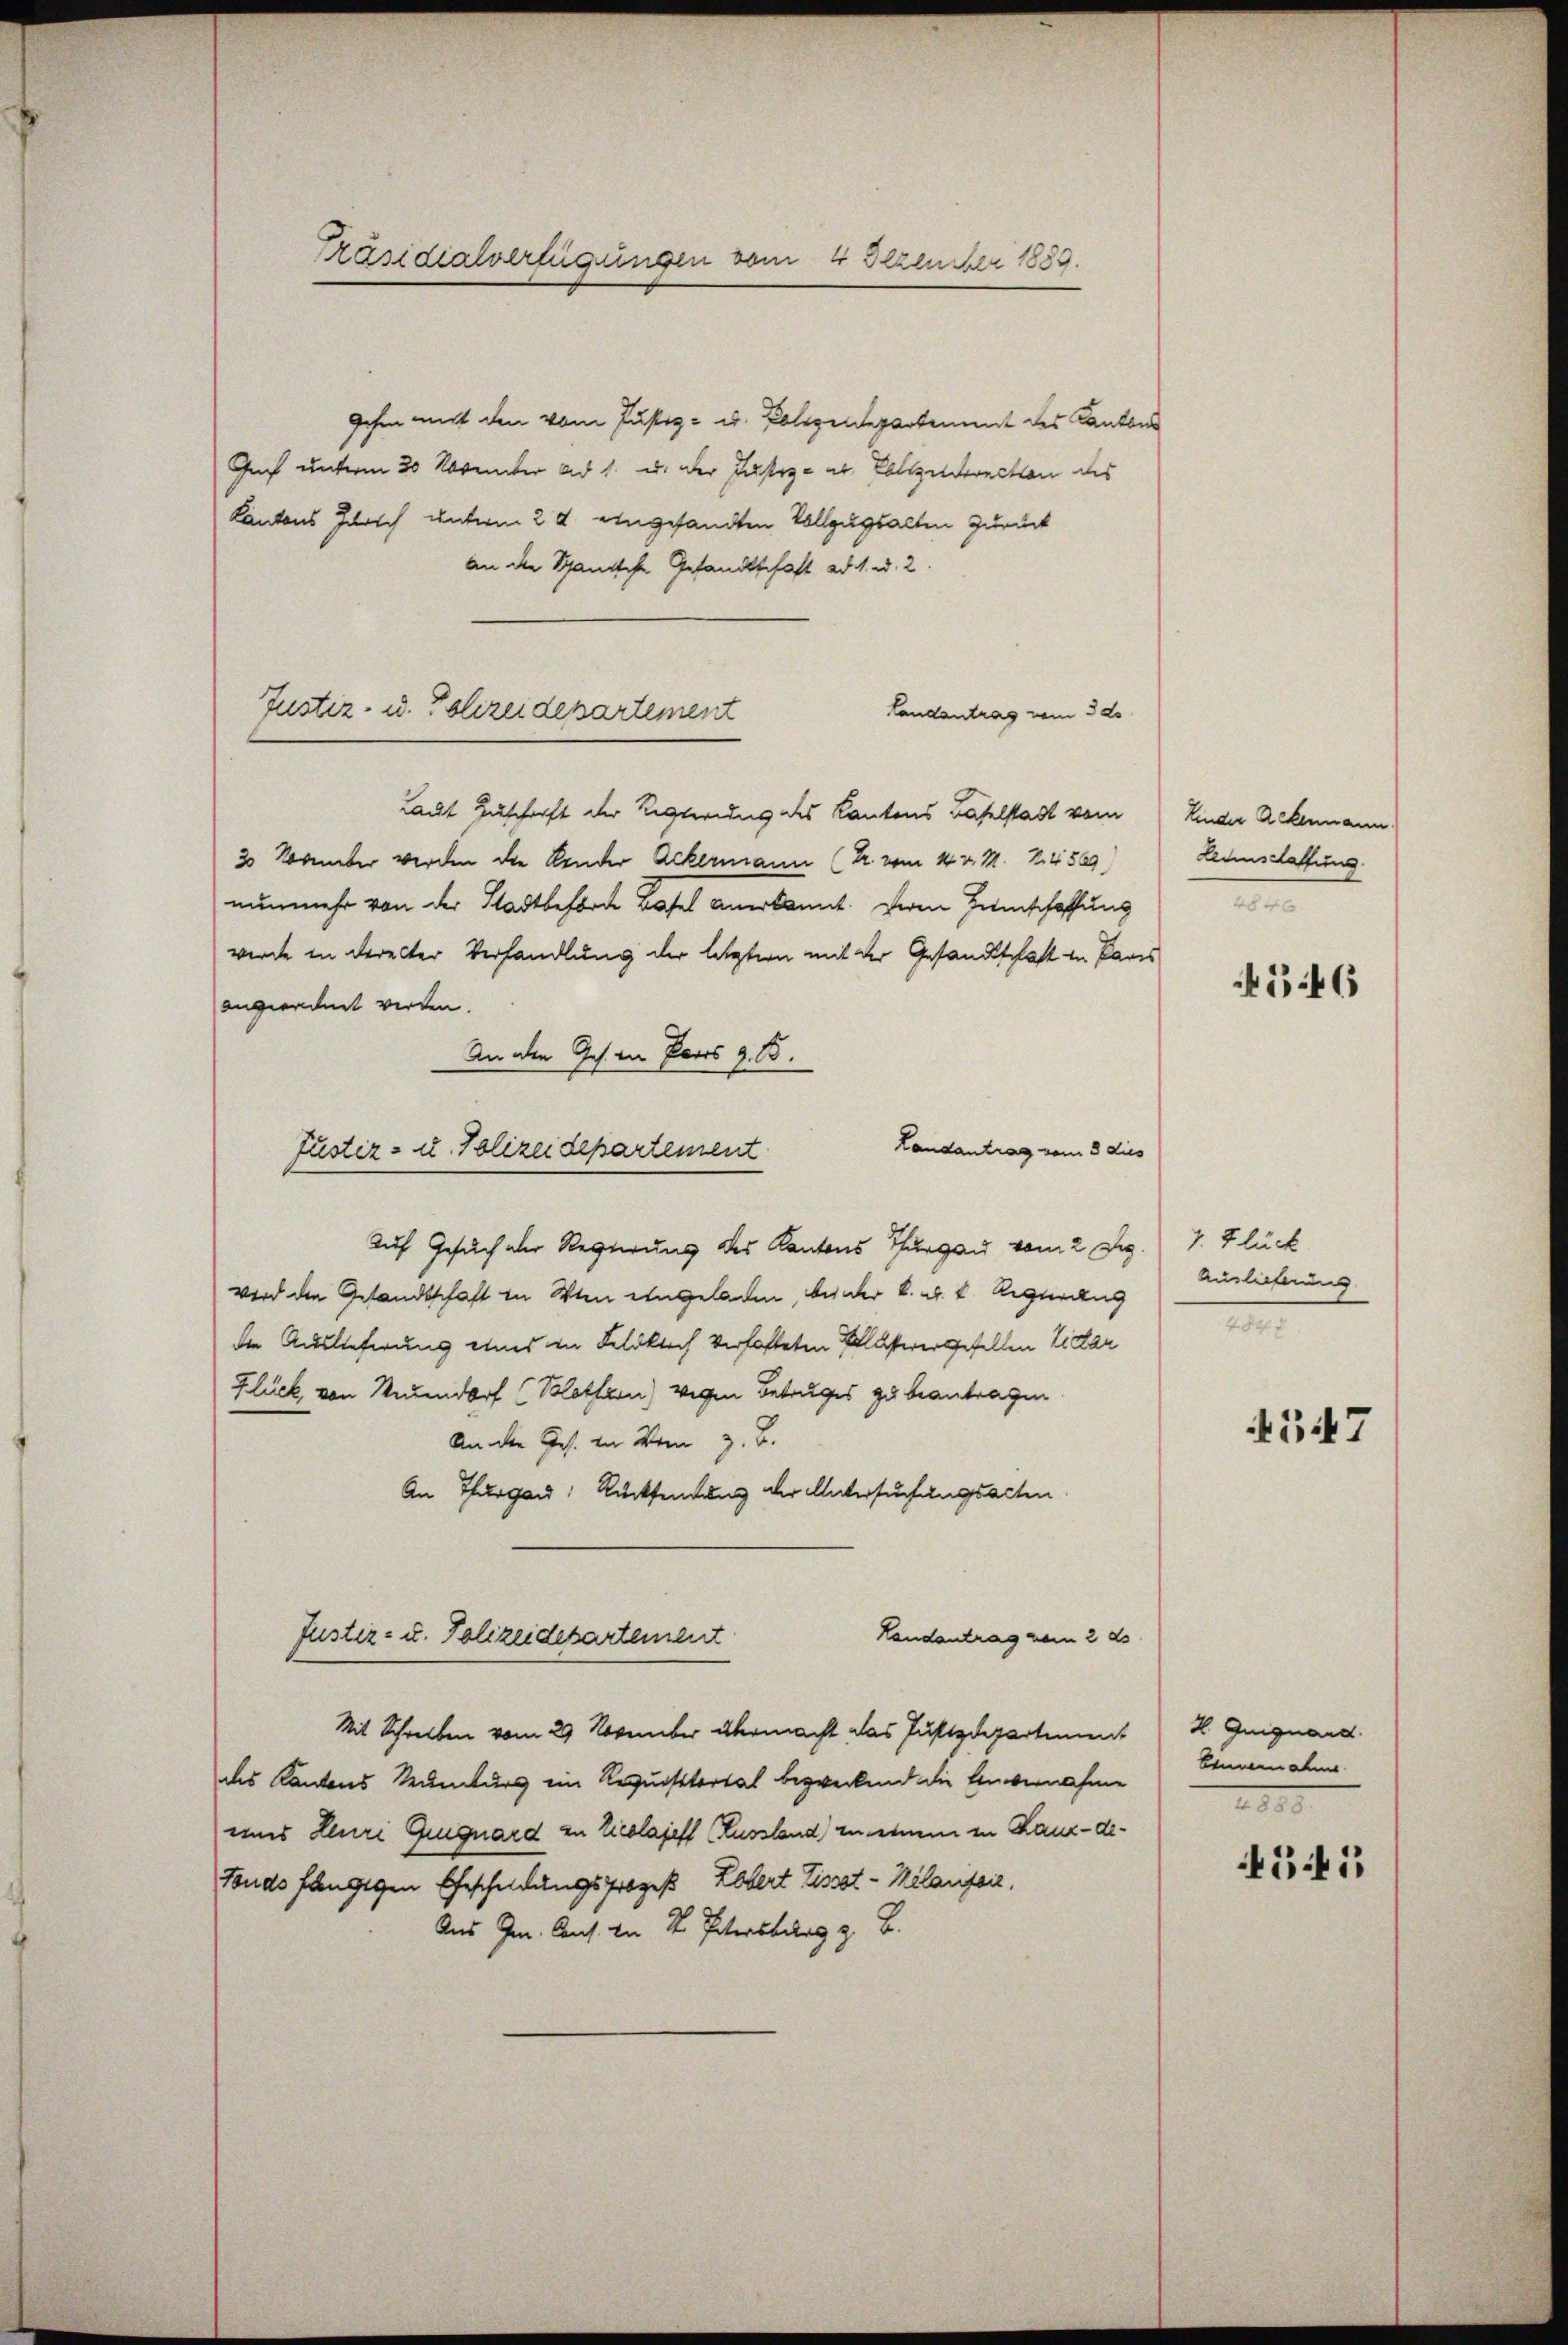
Präsidialverfügungen vom 4 Dezember 1889.

gehen nicht den vom Justiz- u. Polizeidepartement des Kantons
Gac unterm 20 November ad 1. u. der Justiz- u. Polizeirection des
Kantons Zürich unterm 24. eingesandten Vollzugsalten zurück
An die Schanische Gesandtschaft ad 1. u. 2.
Landantrag vom 3 20
Laut Zuschrift der Regierung des Kantons Baselstadt vom Kinder Ackermann.
30 November werden die Kinder Ackermann (Dr. vom 14. v. M. R. 4509)
nunmehr von der Stadtbeforde Basel anerkannt. Deren Hinschaffung
wurde in derecter Verhandlung der letztern mit der Gesandtschaft in Paris
angereichnet werden.
An den Ges. in Paris z. B.
Landantrag vom 3 dies
Auf Gesuch der Regierung des Kantons Thurgau vom 2 de
wird den Gesandtschaft in Wien eingeladen beider k. k. k. Aegerung
die Auslieferung eines in Feldklich verhafteten Klasserergesellen Vidar
Flück von Neuendorf (Blothurn) wegen Betruges zu beantragen
An die Ges. in Wenn z. B.
An Thurgau, Rücksendung der Untersuchungsacten
Landantrag vom 2 ds
Justiz- u. Polizeidepartement
Mit Schreiben vom 29. November übermacht das Justizdepartement
des Kantons Munturs im Requisitertal bezweckend die Einvernahme
und Leuri Guiguard zu Zieglajeft (Kussland) in einem in Kanz-de¬
Fonds fängigen Ehescheidungsprozeß Lobert Tissot-Melaufen,
Aus G. Cons. An St. Petersburg z. B.

Justiz- u. Polizeidepartement

Justiz- u. Polizeidepartement

Lennschaffung.
M

546

7. Glück
Auslieferung
M

4547

2 Guignard.
bemannahm
IIII

54: